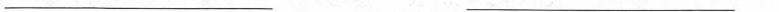
___ ___